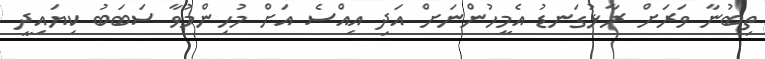
ތިބުނާ ވަރަށް ރާޅުގަނޑު އެމީހުންނަށް އަދި އިއްސެ އަށް މުހިންމުވާ ސަބަބު ކިޔައިދީ